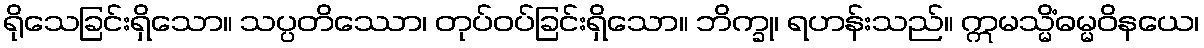
ရိုသေခြင်းရှိသော။ သပ္ပတိဿော၊ တုပ်ဝပ်ခြင်းရှိသော။ ဘိက္ခု၊ ရဟန်းသည်။ ဣမသ္မိံဓမ္မဝိနယေ၊